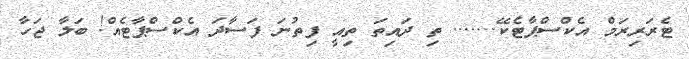
ޓެރަރިރަމް އެކްސްޕާޓެކޭ....... ތި ދައިތަ ތިއީ ފިތުނަ ފަސާދަ އެކްސްޕާޓެއް! ބަލާ ޖަހާ